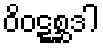
ဝိဝဋ္ဋစ္ဆဒါ